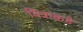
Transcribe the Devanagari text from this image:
चित्राकडे